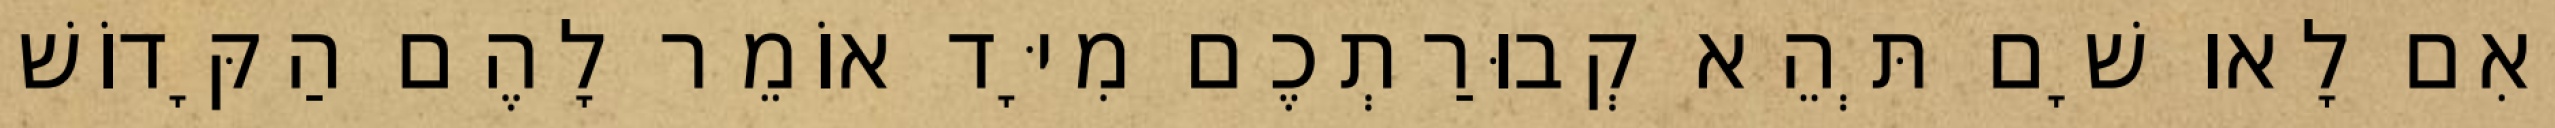
וְאִם לָאו שָׁם תְּהֵא קְבוּרַתְכֶם מִיָּד אוֹמֵר לָהֶם הַקָּדוֹשׁ